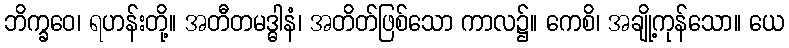
ဘိက္ခဝေ၊ ရဟန်းတို့။ အတီတမဒ္ဓါနံ၊ အတိတ်ဖြစ်သော ကာလ၌။ ကေစိ၊ အချို့ကုန်သော။ ယေ